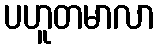
ပဟူတမာလာ